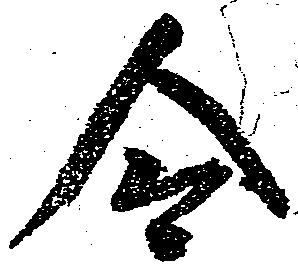
令